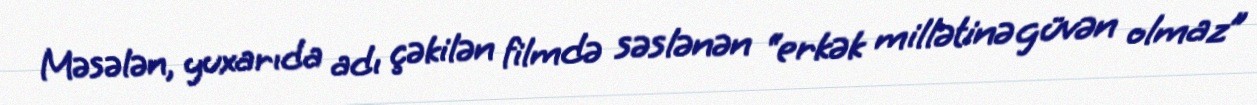
Məsələn, yuxarıda adı çəkilən filmdə səslənən “erkək millətinə güvən olmaz”